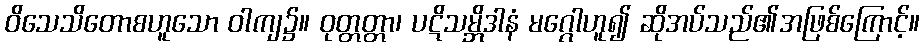
ဝိသေသိတောစဟူသော ဝါကျ၌။ ဝုတ္တတ္တာ၊ ပဋိသမ္ဘိဒါနံ မဂ္ဂေါဟူ၍ ဆိုအပ်သည်၏အဖြစ်ကြောင့်။